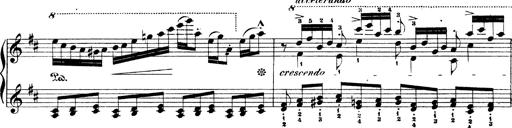
Title: Illustrations de l'opÃ©ra L'Africaine
Composer: Franz Liszt